Triennial report on the lunatic asylums in the province of Eastern Bengal and Assam - 1903-1911
Year: 1903
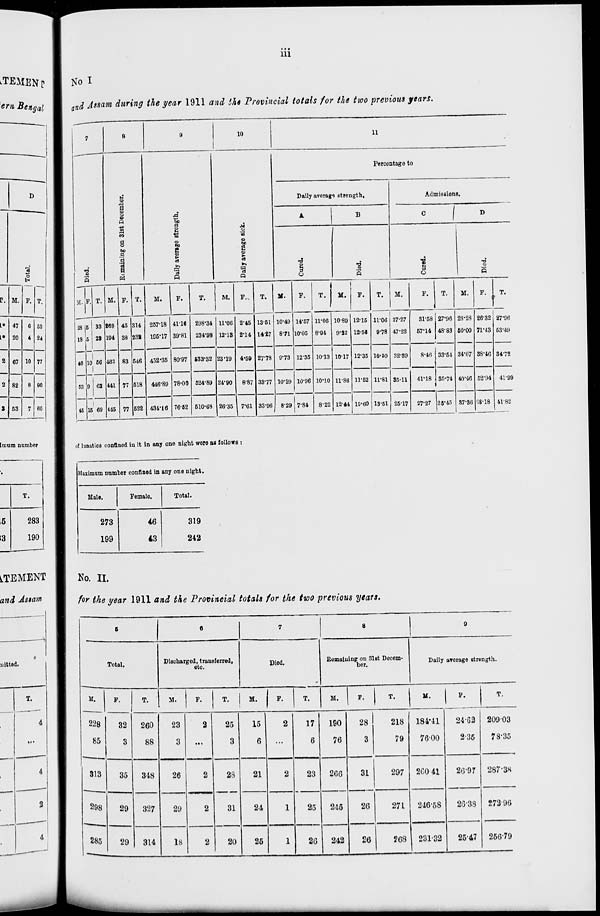
iii
No I
and Assam during the year 1911 and the Provincial totals for the two previous years.
7
Died.
M.
28
18
46
53
45
F.
5
5
10
9
15
T.
33
23
56
62
60
8
Remaining on 31st December.
M.
169
194
463
441
445
F.
45
38
83
77
77
T.
314
232
546
518
522
9
Daily
average strength.
M.
257.18
195.17
452.35
446.89
434.16
F.
41.16
39.81
80.97
78.00
76.52
T.
298.34
234.98
533.32
524.89
510.68
10
Daily average sick.
M.
11.06
12.13
23.19
24.90
26.35
F.
2.45
2.14
4.59
8.87
7.61
T.
13.51
14.27
27.78
33.77
33.96
11
Percentage to
Daily average strength.
A
Cured.
M.
10.49
8.71
9.73
10.29
8.29
F.
14.57
10.05
12.35
10.96
7.84
T.
11.06
8.94
10.13
10.10
8.22
B
Died.
M.
10.89
9.22
10.17
11.86
12.44
F.
12.15
12.56
12.35
11.52
19.60
T.
11.06
9.78
10.50
11.81
13.51
Admissions.
C
Cured.
M.
27.27
47.22
32.59
35.11
25.17
F.
31.58
57.14
8.46
41.18
27.27
T.
27.96
48.83
33.54
35.74
25.45
D
Died.
M.
28.28
50.00
34.07
40.46
37.36
F.
26.32
71.43
38.46
52.94
68.18
T.
27.96
53.49
34.72
41.99
41.82
of lunatics confined in it in any one night were as follows :
Maximum number confined in any one night.
Male.
273
199
Female.
46
43
Total.
319
242
No. II.
for the year 1911 and the Provincial totals for the two previous years.
5
Total.
M.
228
85
313
298
285
F.
32
3
35
29
29
T.
260
88
348
327
314
6
Discharged, transferred,
etc.
M.
23
3
26
29
18
F.
2
...
2
2
2
T.
25
3
23
31
20
7
Died.
M.
15
6
21
24
25
F.
2
...
2
1
1
T.
17
6
23
25
26
8
Remaining on 31st Decem-
ber.
M.
190
76
266
245
242
F.
28
3
31
26
26
T.
218
79
297
271
268
9
Daily average strength.
M.
184.41
76.00
260.41
246.58
231.32
F.
24.62
2.35
26.97
26.38
25.47
T.
209.03
78.35
287.38
272.96
256.79